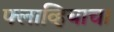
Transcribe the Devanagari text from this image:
फ्लाव्हियाचा